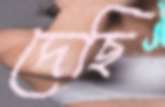
দেছি